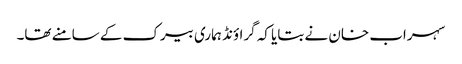
سہراب خان نے بتایا کہ گراؤنڈ ہماری بیرک کے سامنے تھا۔